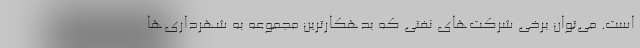
است. می‌توان برخی شرکت‌های نفتی که بدهکارترین مجموعه به شهرداری‌ها